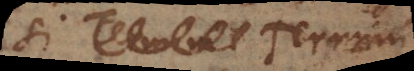
si Termini